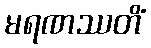
မရဏဿတိံ